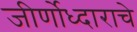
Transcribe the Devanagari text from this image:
जीर्णोध्दाराचे